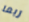
ربما